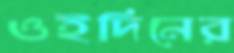
ওইদিনের